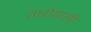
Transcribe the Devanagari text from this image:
तारोंवाली